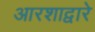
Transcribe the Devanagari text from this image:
आरशाद्वारे